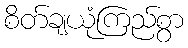
စိတ်ချယုံကြည်စွာ